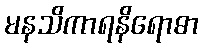
မနသိကာရနိရောဓာ